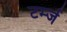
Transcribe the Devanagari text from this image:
टर्म्ज